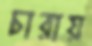
চারায়